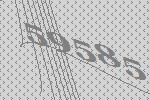
59585